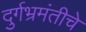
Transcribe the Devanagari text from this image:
दुर्गभ्रमंतीचे